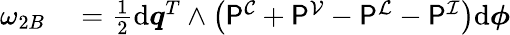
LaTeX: \begin{array}{rl}{\omega_{2B}}&{{}=\frac{1}{2}\mathrm{d}\boldsymbol{q}^{T}\wedge\left(\mathsf{P}^{\mathcal{C}}+\mathsf{P}^{\mathcal{V}}-\mathsf{P}^{\mathcal{L}}-\mathsf{P}^{\mathcal{I}}\right)\mathrm{d}\boldsymbol{\phi}}\end{array}